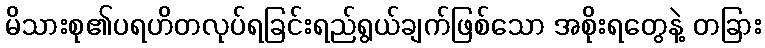
မိသားစု၏ပရဟိတလုပ်ရခြင်းရည်ရွယ်ချက်ဖြစ်သော အစိုးရတွေနဲ့ တခြား